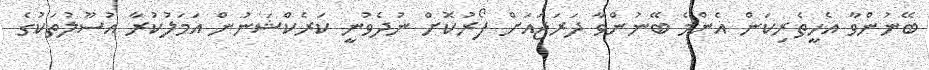
ބޭނުންވާ އެހީތެރިކަން އެންމެ ބޭނުންވާ ދަރަޖައަށް ފޯރުކޮށް ނުދެވުނީ ކަރެކްޝަނުން އަމަލުކުރާ އުސޫލުތަކުގެ